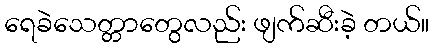
ရေခဲသေတ္တာတွေလည်း ဖျက်ဆီးခဲ့ တယ်။